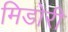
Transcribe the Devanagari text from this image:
मिडोरी